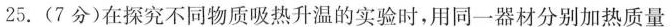
25.(7分)在探究不同物质吸热升温的实验时，用同一器材分别加热质量